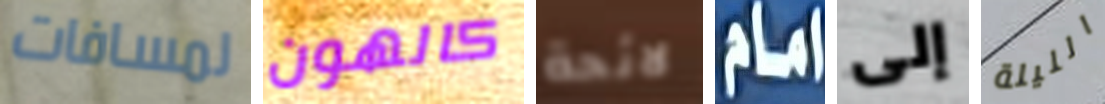
لمسافات كالهون لائحة امام إلى الليلة